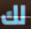
لك